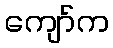
ကျော်က